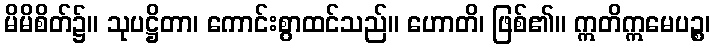
မိမိစိတ်၌။ သုပဋ္ဌိတာ၊ ကောင်းစွာထင်သည်။ ဟောတိ၊ ဖြစ်၏။ ဣတိဣမေပဉ္စ၊